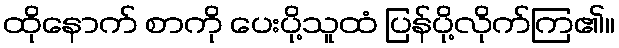
ထိုနောက် စာကို ပေးပို့သူထံ ပြန်ပို့လိုက်ကြ၏။